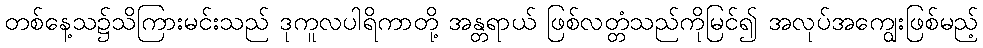
တစ်နေ့သ၌သိကြားမင်းသည် ဒုကူလပါရိကာတို့ အန္တရာယ် ဖြစ်လတ္တံသည်ကိုမြင်၍ အလုပ်အကျွေးဖြစ်မည့်